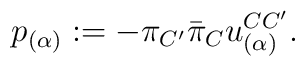
p_{(\alpha)} := -\pi_{C^{\prime}}{\bar\pi}_{C}u^{C{C^\prime}}_{(\alpha)}.